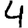
Digit: 4